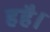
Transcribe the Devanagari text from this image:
हहै।